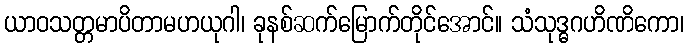
ယာဝသတ္တမာပိတာမဟယုဂါ၊ ခုနစ်ဆက်မြောက်တိုင်အောင်။ သံသုဒ္ဓဂဟိဏိကော၊